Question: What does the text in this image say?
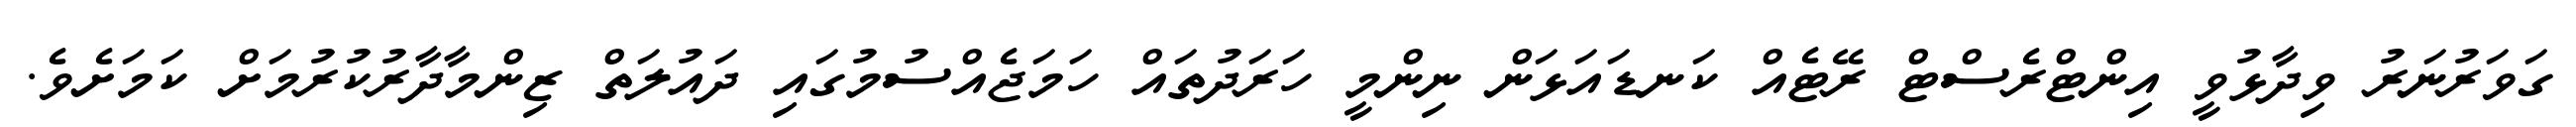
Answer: ގަވަރުނަރު ވިދާޅުވީ އިންޓްރެސްޓް ރޭޓެއް ކަނޑައަޅަން ނިންމީ ހަރަދުތައް ހަމަޖެއްސުމުގައި ދައުލަތް ޒިންމާދާރުކުރުމަށް ކަމަށެވެ.